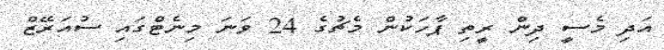
އަދި މެސީ ދިން ރީތި ޕާހަކުން މެޗުގެ 24 ވަނަ މިނެޓްގައި ސުއަރޭޒް